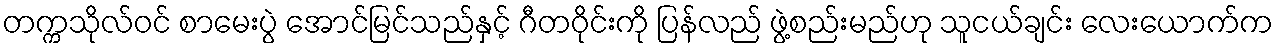
တက္ကသိုလ်ဝင် စာမေးပွဲ အောင်မြင်သည်နှင့် ဂီတဝိုင်းကို ပြန်လည် ဖွဲ့စည်းမည်ဟု သူငယ်ချင်း လေးယောက်က